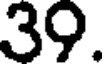
39.